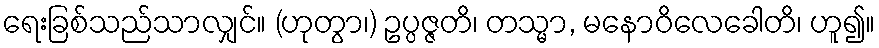
ရေးခြစ်သည်သာလျှင်။ (ဟုတွာ၊) ဥပ္ပဇ္ဇတိ၊ တသ္မာ, မနောဝိလေခေါတိ၊ ဟူ၍။